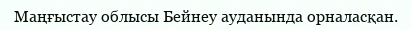
Маңғыстау облысы Бейнеу ауданында орналасқан.